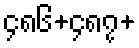
၄၈၆+၄၈၇+